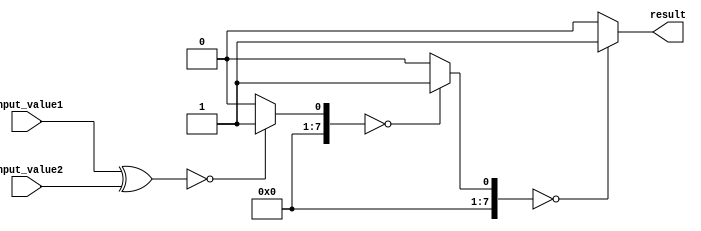
module parallel_comparator(
    input [7:0] input_value1,
    input [7:0] input_value2,
    output reg result
);

reg [7:0] stage1_result;
reg [7:0] stage2_result;
reg [7:0] stage3_result;
reg [7:0] stage4_result;

assign stage1_result = input_value1 ^ input_value2;
assign stage2_result = stage1_result == 0 ? 1 : 0;
assign stage3_result = stage2_result == 0 ? 1 : 0;
assign stage4_result = stage3_result == 0 ? 1 : 0;

always @* begin
    result = stage4_result;
end

endmodule